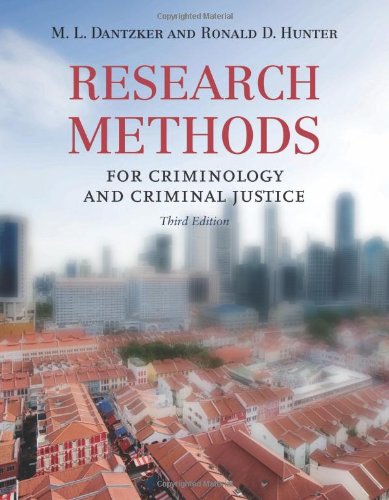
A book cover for Research Methods For Criminology And Criminal Justice; Mark L. Dantzker; Law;